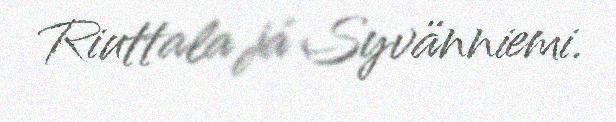
Riuttala já Syvänniemi.